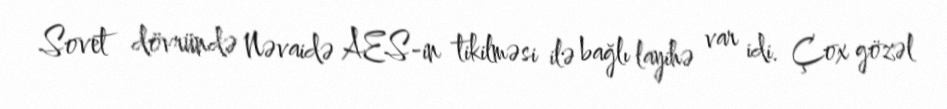
Sovet dövründə Nəvaidə AES-in tikilməsi ilə bağlı layihə var idi. Çox gözəl